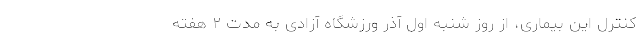
کنترل این بیماری، از روز شنبه اول آذر ورزشگاه آزادی به مدت ۲ هفته